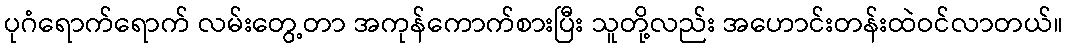
ပုဂံရောက်ရောက် လမ်းတွေ့တာ အကုန်ကောက်စားပြီး သူတို့လည်း အဟောင်းတန်းထဲဝင်လာတယ်။